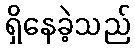
ရှိနေခဲ့သည်